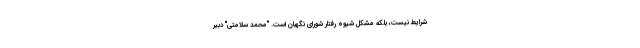
شرايط نيست، بلكه مشكل شيوه رفتار شوراي نگهبان است. "محمد سلامتی" دبیر